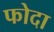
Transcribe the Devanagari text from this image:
फोदा